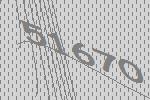
51670